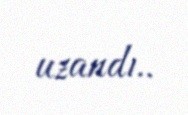
uzandı..